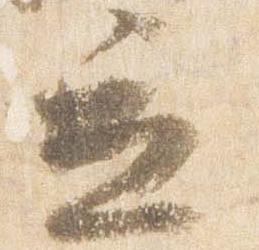
立